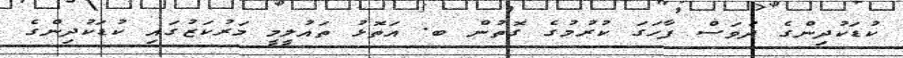
ކުޑަކުދިންގެ ދުވަސް ފާހަގަ ކުރުމުގެ ގޮތުން ބ. އަތޮޅު ތައުލީމީ މަރުކަޒުގައި ކުޑަކުދިންގެ